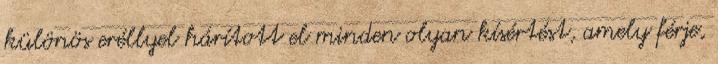
különös eréllyel hárított el minden olyan kísértést, amely férje,